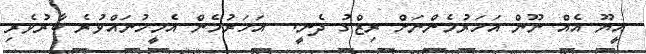
އީޔޫ އެއް ނޫން އަހަރުމެންނަށް ރިޒްގު ދެނީ.  އަހަރުމެން އެމީހުނައްވުރެ ބާރުވެރި